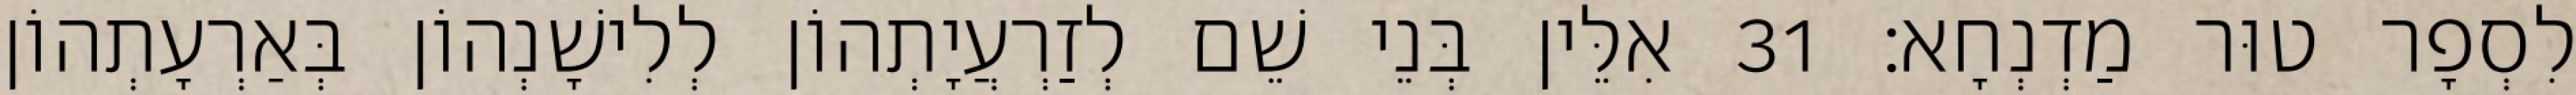
לִסְפָר טוּר מַדְנְחָא׃ 31 אִלֵּין בְּנֵי שֵׁם לְזַרְעֲיָתְהוֹן לְלִישָׁנְהוֹן בְּאַרְעָתְהוֹן